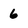
Character: 6